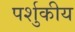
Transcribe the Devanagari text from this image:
पर्शुकीय